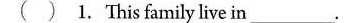
( ) 1. This family live in___ .